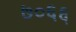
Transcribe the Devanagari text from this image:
७०६६